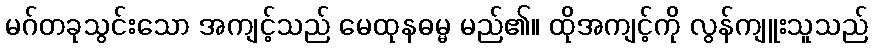
မဂ်တခုသွင်းသော အကျင့်သည် မေထုနဓမ္မ မည်၏။ ထိုအကျင့်ကို လွန်ကျူးသူသည်